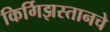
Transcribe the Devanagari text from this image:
किर्गिझस्तानचे